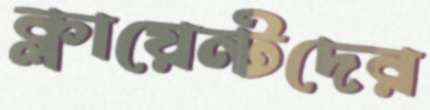
ক্লায়েন্টদের